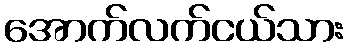
အောက်လက်ငယ်သား